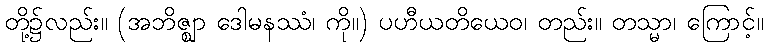
တို့၌လည်း။ (အဘိဇ္ဈာ ဒေါမနဿံ၊ ကို။) ပဟီယတိယေဝ၊ တည်း။ တသ္မာ၊ ကြောင့်။